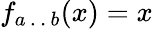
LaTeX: f_{a\, .\, .\, b}(x)=x